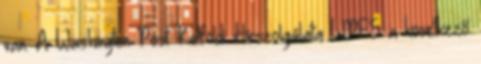
van. A Washington Post Külföldi Hírszolgálata WPFS a következő